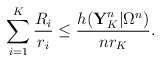
\begin{align*} \sum_{i=1}^K\frac{R_i}{r_i}\leq \frac{h(\textbf{Y}_K^n|\Omega^n)}{nr_K}.\end{align*}